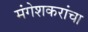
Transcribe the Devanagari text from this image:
मंगेशकरांचा